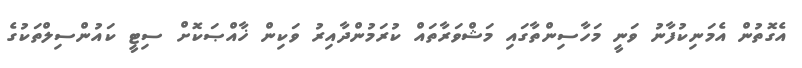
އެގޮތުން އެމަނިކުފާނު ވަނީ މަހާސިންތާގައި މަޝްވަރާތައް ކުރަމުންދާއިރު ވަކިން ޚާއްޞަކޮށް ސިޓީ ކައުންސިލްތަކުގެ